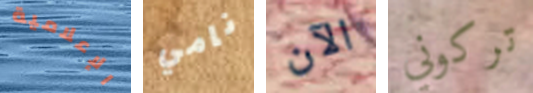
الإعلامية نامي الآن تركوني